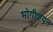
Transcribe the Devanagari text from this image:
भोगीशयन